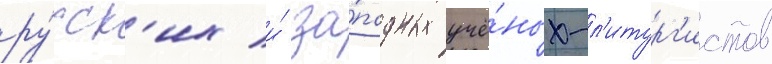
ру́сск'их и́ за́падных учё́ных-л'итург'истов